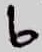
Text: 6